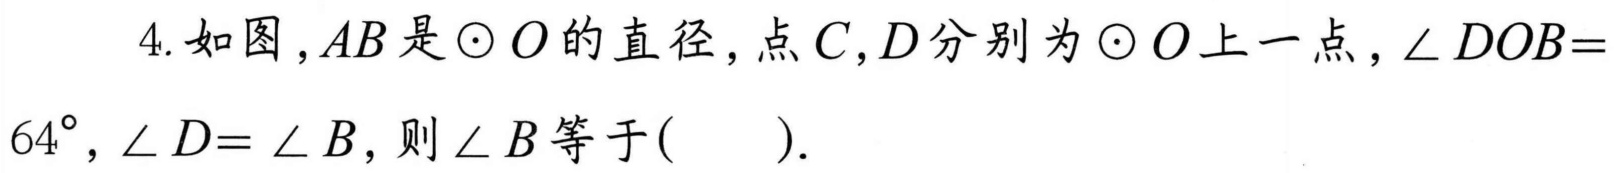
4. 如图，\(AB\) 是 \(\odot O\) 的直径，点 \(C\)，\(D\) 分别为 \(\odot O\) 上一点，\(\angle DOB = 64^{\circ}\)，\(\angle D=\angle B\)，则 \(\angle B\) 等于(  ).